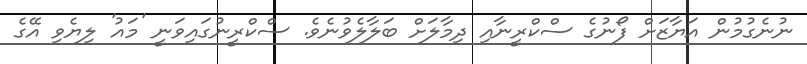
ނުނެގުމުން އަޔާޒަށް ފޯނުގެ ސްކްރީނާއި ދިމާލަށް ބަލާލެވުނެވެ. ސްކްރީނުގައިވަނީ 'މައު' ލިޔެވި އޭގެ